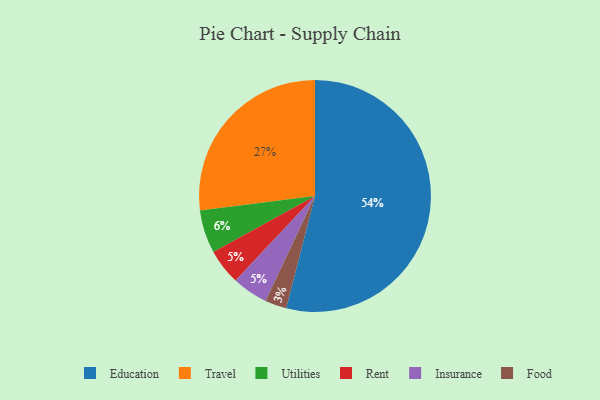
{"axis": {"x": "Category", "y": "Percentage"}, "legend": ["Education", "Food", "Insurance", "Rent", "Travel", "Utilities"], "data": [{"x": "Travel", "y": 27, "type": "Travel"}, {"x": "Education", "y": 54, "type": "Education"}, {"x": "Utilities", "y": 6, "type": "Utilities"}, {"x": "Food", "y": 3, "type": "Food"}, {"x": "Rent", "y": 5, "type": "Rent"}, {"x": "Insurance", "y": 5, "type": "Insurance"}]}